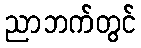
ညာဘက်တွင်